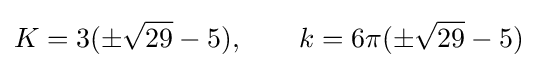
K=3(\pm {\sqrt {29}}-5),\qquad k=6\pi (\pm {\sqrt {29}}-5)